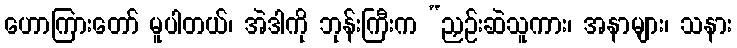
ဟောကြားတော် မူပါတယ်၊ အဲဒါကို ဘုန်းကြီးက “ညှဉ်းဆဲသူကား၊ အနာများ၊ သနား